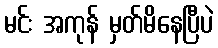
မင်း အကုန် မှတ်မိနေပြီပဲ